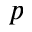
p